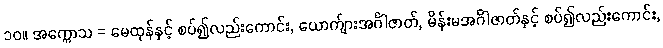
၁၀။ အက္ကောသ = မေထုန်နှင့် စပ်၍လည်းကောင်း, ယောက်ျားအင်္ဂါဇာတ်, မိန်းမအင်္ဂါဇာတ်နှင့် စပ်၍လည်းကောင်း,